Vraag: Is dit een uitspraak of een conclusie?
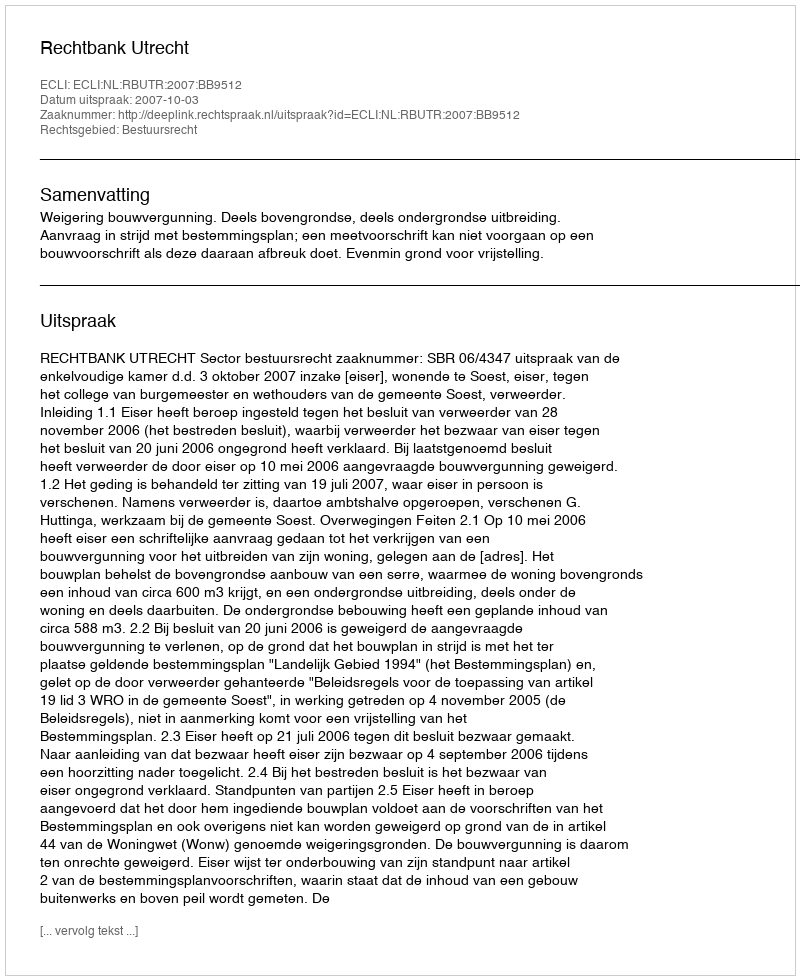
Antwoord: Uitspraak